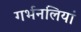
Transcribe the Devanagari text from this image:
गर्भनलियां